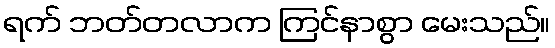
ရက် ဘတ်တလာက ကြင်နာစွာ မေးသည်။